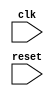
module AHB_Controller(
  input wire clk,
  input wire reset,
  // Other input and output ports
  
  // Clock generation module
  // clock_gen_inst clk_gen(
  //   .clk_in(clk),
  //   .clk_out(),
  //   // Other input and output ports
  // );
  
  // Reset synchronization module
  // reset_sync_inst rst_sync(
  //   .clk(clk),
  //   .reset_in(reset),
  //   .reset_out(),
  //   // Other input and output ports
  // );
  
  // Clock domain crossing synchronizers
  // cross_sync_inst cross_sync(
  //   .clk(clk),
  //   .data_in(),
  //   .data_out(),
  //   // Other input and output ports
  // );
  
  // Other modules for AHB bus control and management
  
);

// Implement clock generation, reset synchronization, and clock domain crossing synchronizers here

endmodule